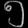
Digit: ၅